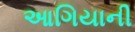
આગિયાની